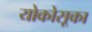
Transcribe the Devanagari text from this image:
योकोसूका